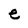
Character: e